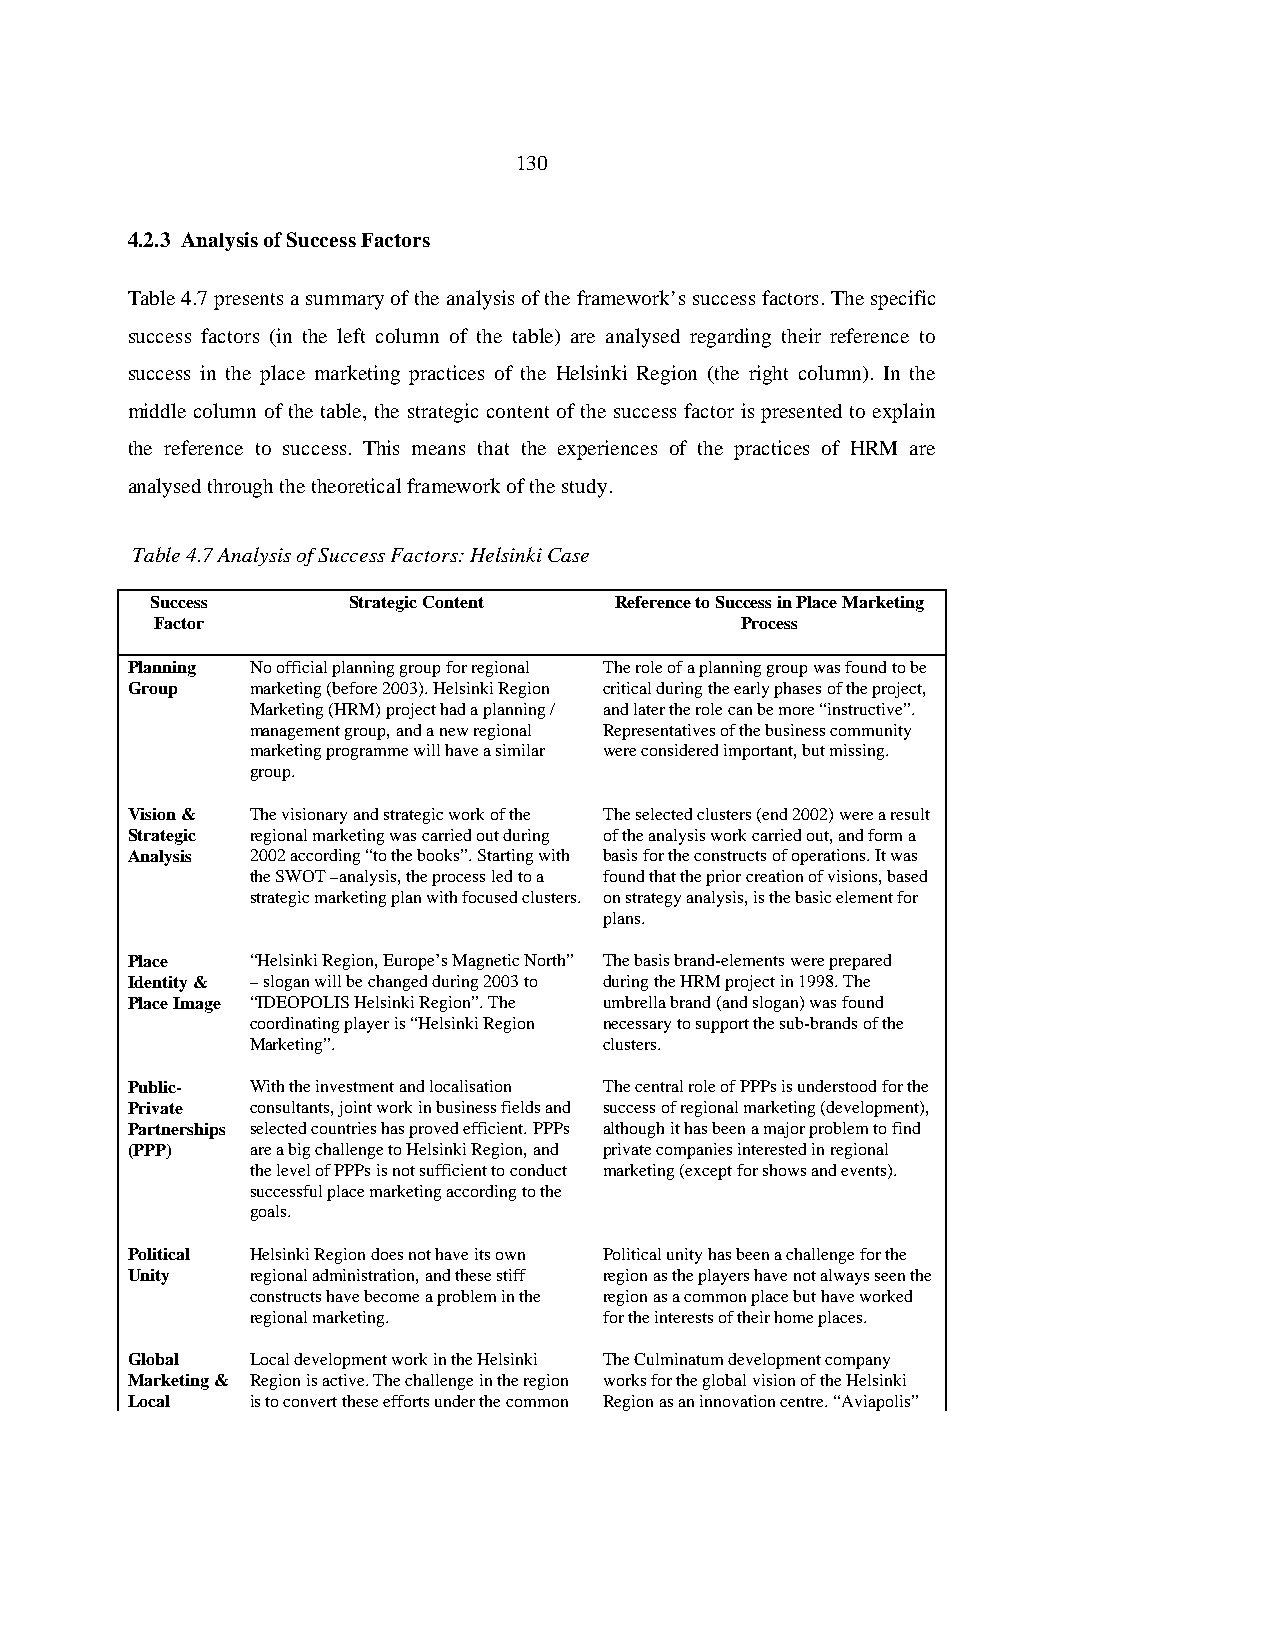
130
 4.2.3 Analysis of Success Factors
 Table 4.7 presents a summary of the analysis of the framework’s success factors. The specific
 success factors (in the left column of the table) are analysed regarding their reference to
 success in the place marketing practices of the Helsinki Region (the right column). In the
 middle column of the table, the strategic content of the success factor is presented to explain
 the reference to success. This means that the experiences of the practices of HRM are
 analysed through the theoretical framework of the study.
 Table 4.7 Analysis of Success Factors: Helsinki Case
 Success      Strategic Content Reference to Success in Place Marketing
 Factor                                 Process
 Planning No official planning group for regional The role of a planning group was found to be
 Group    marketing (before 2003). Helsinki Region critical during the early phases of the project,
 Marketing (HRM) project had a planning / and later the role can be more “instructive”.
 management group, and a new regional Representatives of the business community
 marketing programme will have a similar were considered important, but missing.
 group.
 Vision & The visionary and strategic work of the The selected clusters (end 2002) were a result
 Strategic regional marketing was carried out during of the analysis work carried out, and form a
 Analysis 2002 according “to the books”. Starting with basis for the constructs of operations. It was
 the SWOT –analysis, the process led to a found that the prior creation of visions, based
 strategic marketing plan with focused clusters. on strategy analysis, is the basic element for
 plans.
 Place    “Helsinki Region, Europe’s Magnetic North” The basis brand-elements were prepared
 Identity & – slogan will be changed during 2003 to during the HRM project in 1998. The
 Place Image “IDEOPOLIS Helsinki Region”. The umbrella brand (and slogan) was found
 coordinating player is “Helsinki Region necessary to support the sub-brands of the
 Marketing”.            clusters.
 Public-  With the investment and localisation The central role of PPPs is understood for the
 Private  consultants, joint work in business fields and success of regional marketing (development),
 Partnerships selected countries has proved efficient. PPPs although it has been a major problem to find
 (PPP)    are a big challenge to Helsinki Region, and private companies interested in regional
 the level of PPPs is not sufficient to conduct marketing (except for shows and events).
 successful place marketing according to the
 goals.
 Political Helsinki Region does not have its own Political unity has been a challenge for the
 Unity    regional administration, and these stiff region as the players have not always seen the
 constructs have become a problem in the region as a common place but have worked
 regional marketing.    for the interests of their home places.
 Global   Local development work in the Helsinki The Culminatum development company
 Marketing & Region is active. The challenge in the region works for the global vision of the Helsinki
 Local    is to convert these efforts under the common Region as an innovation centre. “Aviapolis”